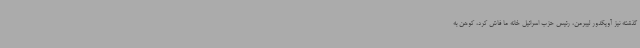
گذشته نیز آویگدور لیبرمن، رئیس حزب اسرائیل خانه ما فاش کرد، کوهن به